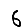
Digit: 6